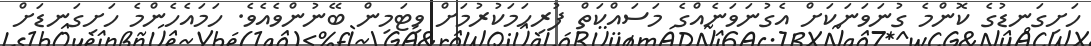
ހަށިގަނޑުގެ ކޮންމެ ގުނަވަނަކަށް އެގުނަވަނެއްގެ މަސައްކަތް ފުރިހަމަކުރުމަށް ވިޓަމިން ބޭނުންވެއެވެ. ހަމައެހެންމެ ހަށިގަނޑަށް